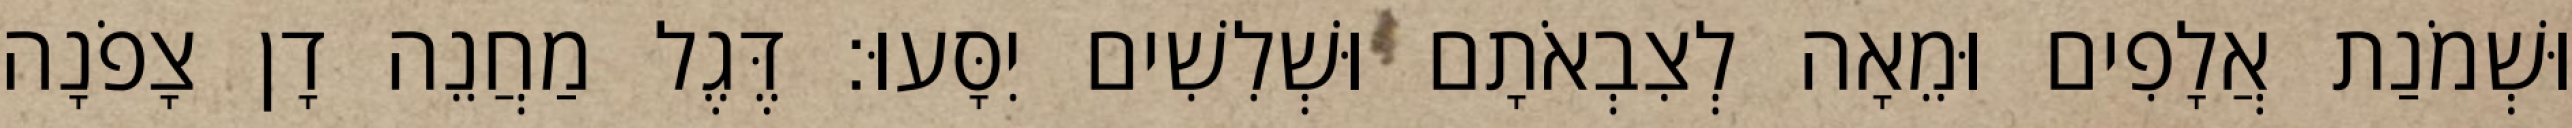
וּשְׁמֹנַת אֲלָפִים וּמֵאָה לְצִבְאֹתָם וּשְׁלִשִׁים יִסָּעוּ׃ דֶּגֶל מַחֲנֵה דָן צָפֹנָה